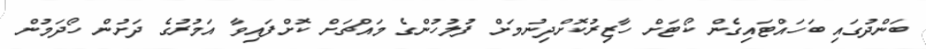
ބަންދުގައި ބަހައްޓައިގެން ކޯޓަށް ހާޒިރުކޮށްދިނުމަށް ފުލުހުންގެ މައްޗަށް ކޮށްފައިވާ އަމުރުގެ ދަށުން ހޯދަމުން